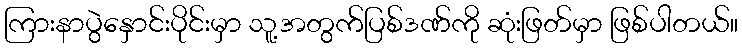
ကြားနာပွဲနှောင်းပိုင်းမှာ သူ့အတွက်ပြစ်ဒဏ်ကို ဆုံးဖြတ်မှာ ဖြစ်ပါတယ်။